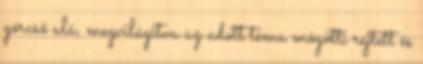
górcső alá, megvilágítva az adott téma mögötti rejtett és